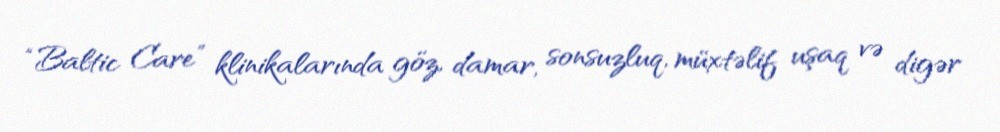
“Baltic Care” klinikalarında göz, damar, sonsuzluq, müxtəlif uşaq və digər